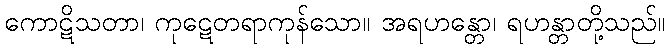
ကောဋိသတာ၊ ကုဋေတရာကုန်သော။ အရဟန္တော၊ ရဟန္တာတို့သည်။